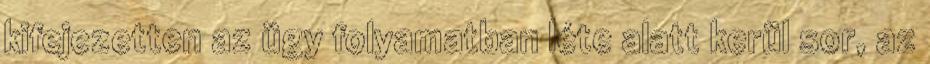
kifejezetten az ügy folyamatban léte alatt kerül sor, az